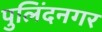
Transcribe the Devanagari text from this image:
पुलिंदनगर